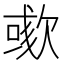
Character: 𣤁